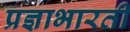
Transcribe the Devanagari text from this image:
प्रज्ञाभारती